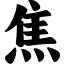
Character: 焦